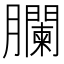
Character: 䑌